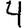
Digit: 4